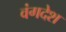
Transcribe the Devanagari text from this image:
वंगदेश